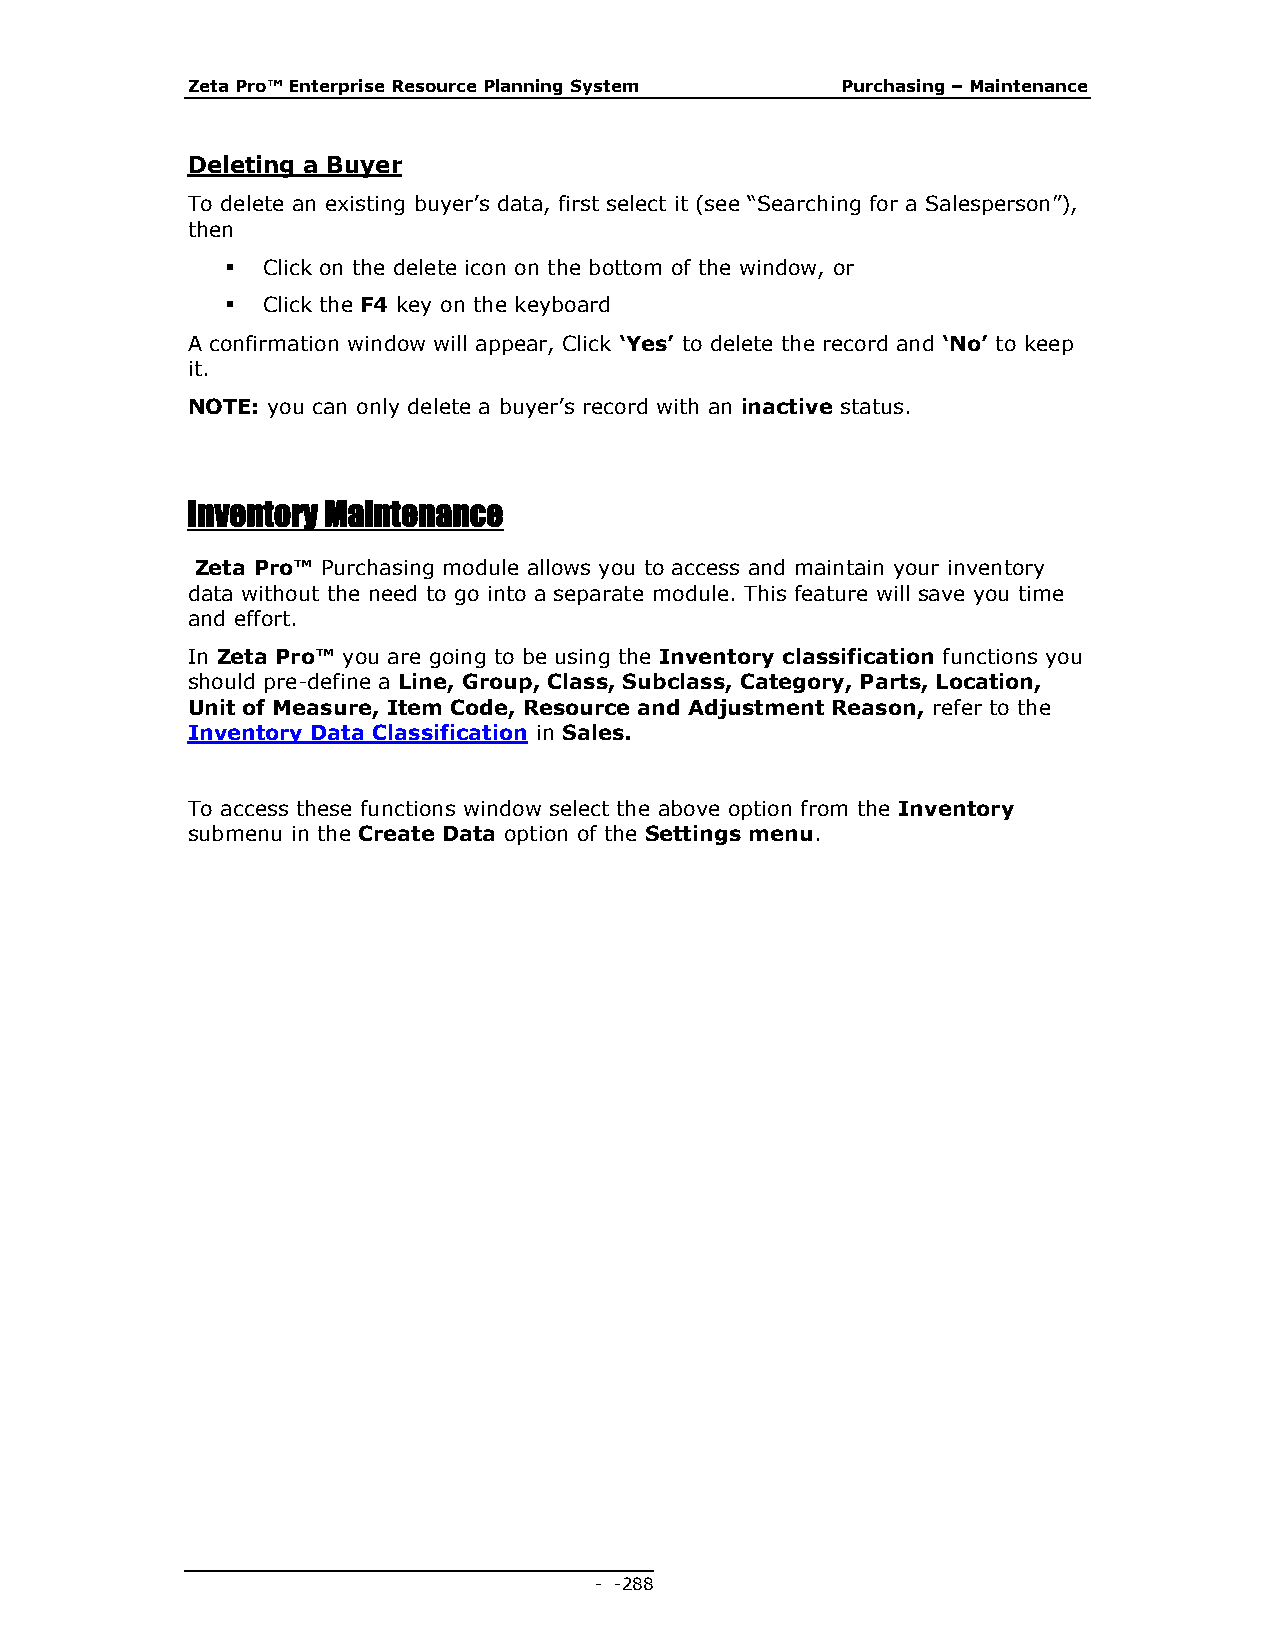
Zeta Pro™ Enterprise Resource Planning System Purchasing – Maintenance
 Deleting a Buyer
 To delete an existing buyer’s data, first select it (see “Searching for a Salesperson”),
 then
  Click on the delete icon on the bottom of the window, or
  Click the F4 key on the keyboard
 A confirmation window will appear, Click ‘Yes’ to delete the record and ‘No’ to keep
 it.
 NOTE: you can only delete a buyer’s record with an inactive status.
 Inventory Maintenance
 Zeta Pro™ Purchasing module allows you to access and maintain your inventory
 data without the need to go into a separate module. This feature will save you time
 and effort.
 In Zeta Pro™ you are going to be using the Inventory classification functions you
 should pre-define a Line, Group, Class, Subclass, Category, Parts, Location,
 Unit of Measure, Item Code, Resource and Adjustment Reason, refer to the
 Inventory Data Classification in Sales.
 To access these functions window select the above option from the Inventory
 submenu in the Create Data option of the Settings menu.
 - - 288